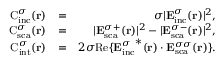
\begin{array} { r l r } { \mathrm { C } _ { \mathrm { { i n c } } } ^ { \sigma } ( { \bf r } ) } & { = } & { \sigma | { \bf E } _ { \mathrm { { i n c } } } ^ { \sigma } ( { \bf r } ) | ^ { 2 } , } \\ { \mathrm { C } _ { \mathrm { { s c a } } } ^ { \sigma } ( { \bf r } ) } & { = } & { | { \bf E } _ { \mathrm { s c a } } ^ { \sigma + } ( { \bf r } ) | ^ { 2 } - | { \bf E } _ { \mathrm { { s c a } } } ^ { \sigma - } ( { \bf r } ) | ^ { 2 } , } \\ { \mathrm { C } _ { \mathrm { { i n t } } } ^ { \sigma } ( { \bf r } ) } & { = } & { 2 \sigma \mathrm { R e } \{ { { \bf E } _ { \mathrm { i n c } } ^ { \sigma } } ^ { * } ( { \bf r } ) \cdot { { \bf E } _ { \mathrm { { s c a } } } ^ { \sigma \sigma } } ( { \bf r } ) \} . } \end{array}